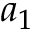
a _ { 1 }